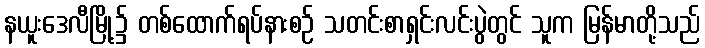
နယူးဒေလီမြို့၌ တစ်ထောက်ရပ်နားစဉ် သတင်းစာရှင်းလင်းပွဲတွင် သူက မြန်မာတို့သည်